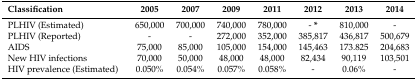
<table><thead><tr><td><b>Classification</b></td><td><b>2005</b></td><td><b>2007</b></td><td><b>2009</b></td><td><b>2011</b></td><td><b>2012</b></td><td><b>2013</b></td><td><b>2014</b></td></tr></thead><tbody><tr><td>PLHIV (Estimated)</td><td>650,000</td><td>700,000</td><td>740,000</td><td>780,000</td><td>- <b>*</b></td><td>810,000</td><td>-</td></tr><tr><td>PLHIV (Reported)</td><td>-</td><td>-</td><td>272,000</td><td>352,000</td><td>385,817</td><td>436,817</td><td>500,679</td></tr><tr><td>AIDS</td><td>75,000</td><td>85,000</td><td>105,000</td><td>154,000</td><td>145,463</td><td>173.825</td><td>204,683</td></tr><tr><td>New HIV infections</td><td>70,000</td><td>50,000</td><td>48,000</td><td>48,000</td><td>82,434</td><td>90,119</td><td>103,501</td></tr><tr><td>HIV prevalence (Estimated)</td><td>0.050%</td><td>0.054%</td><td>0.057%</td><td>0.058%</td><td>-</td><td>0.06%</td><td>-</td></tr></tbody></table>